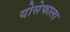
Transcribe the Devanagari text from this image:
योसेफाला